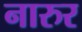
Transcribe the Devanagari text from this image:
नारुर